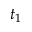
t _ { 1 }